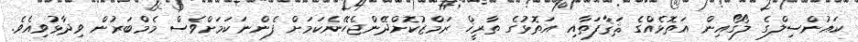
ކައުންސިލްގެ ލޯގޯއިން އަތޮޅެއްގެ ޘަޤާފަތާއި އަތޮޅުގެ ތާރީޚް ރަމްޒުކޮށްދޭންޖެހޭނެކަމަށް ފެންނަކަމަށްވެސް މެމްބަރުން ވިދާޅުވިއެވެ.